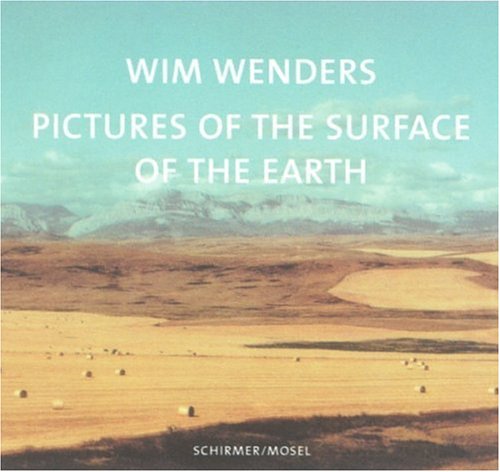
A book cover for Pictures from the Surface of the Earth; Wim Wenders; Arts & Photography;